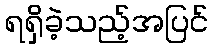
ရရှိခဲ့သည့်အပြင်